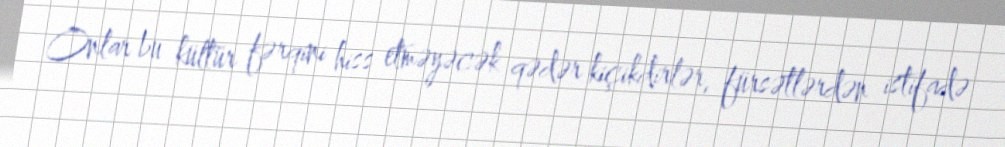
Onlar bu kültür fərqini hiss etməyəcək qədər kiçikdirlər, fürsətlərdən istifadə